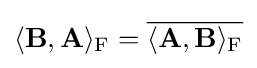
\langle \mathbf {B} ,\mathbf {A} \rangle _{\mathrm {F} }={\overline {\langle \mathbf {A} ,\mathbf {B} \rangle _{\mathrm {F} }}}